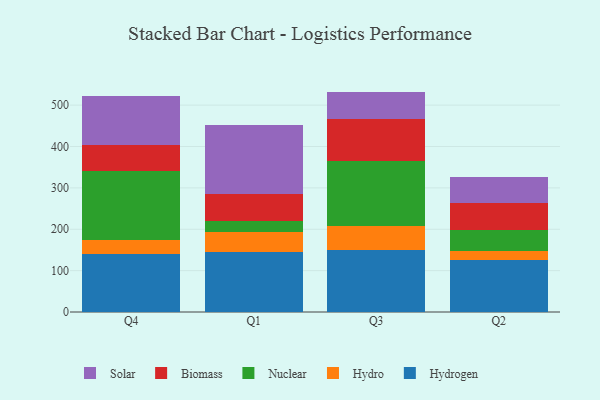
{"axis": {"x": "Quarter", "y": "Website Visitors"}, "legend": ["Biomass", "Hydro", "Hydrogen", "Nuclear", "Solar"], "data": [{"x": "Q4", "y": 140.1, "type": "Hydrogen"}, {"x": "Q4", "y": 34.5, "type": "Hydro"}, {"x": "Q4", "y": 166.7, "type": "Nuclear"}, {"x": "Q4", "y": 62.2, "type": "Biomass"}, {"x": "Q4", "y": 119.1, "type": "Solar"}, {"x": "Q1", "y": 145.3, "type": "Hydrogen"}, {"x": "Q1", "y": 47.5, "type": "Hydro"}, {"x": "Q1", "y": 26.8, "type": "Nuclear"}, {"x": "Q1", "y": 65.2, "type": "Biomass"}, {"x": "Q1", "y": 166.4, "type": "Solar"}, {"x": "Q3", "y": 149.3, "type": "Hydrogen"}, {"x": "Q3", "y": 59.5, "type": "Hydro"}, {"x": "Q3", "y": 155.3, "type": "Nuclear"}, {"x": "Q3", "y": 101.3, "type": "Biomass"}, {"x": "Q3", "y": 67.3, "type": "Solar"}, {"x": "Q2", "y": 125.9, "type": "Hydrogen"}, {"x": "Q2", "y": 21.0, "type": "Hydro"}, {"x": "Q2", "y": 50.7, "type": "Nuclear"}, {"x": "Q2", "y": 66.7, "type": "Biomass"}, {"x": "Q2", "y": 62.2, "type": "Solar"}]}